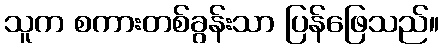
သူက စကားတစ်ခွန်းသာ ပြန်ဖြေသည်။